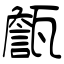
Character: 甔